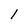
Character: 1